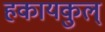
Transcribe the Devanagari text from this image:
हकायकुल्